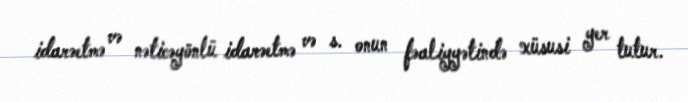
idarəetmə və nəticəyönlü idarəetmə və s. onun fəaliyyətində xüsusi yer tutur.